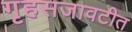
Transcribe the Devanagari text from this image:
गृहसजावटीत